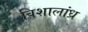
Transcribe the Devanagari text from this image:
विशालांध्र